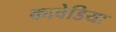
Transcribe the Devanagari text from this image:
कावेडिया